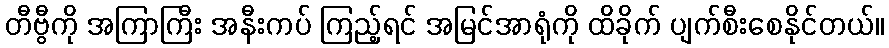
တီဗွီကို အကြာကြီး အနီးကပ် ကြည့်ရင် အမြင်အာရုံကို ထိခိုက် ပျက်စီးစေနိုင်တယ်။